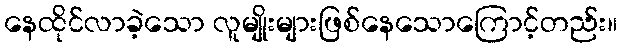
နေထိုင်လာခဲ့သော လူမျိုးများဖြစ်နေသောကြောင့်တည်း။